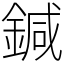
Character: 鍼